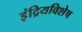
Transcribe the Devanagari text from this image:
इंद्रियविशेष